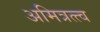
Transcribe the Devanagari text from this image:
अमित्रत्त्व